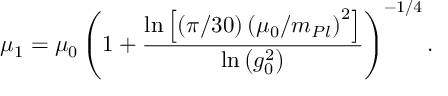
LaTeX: \mu _ { 1 } = \mu _ { 0 } \left( 1 + { \frac { \ln \left[ \left( \pi / 3 0 \right) \left( \mu _ { 0 } / m _ { P l } \right) ^ { 2 } \right] } { \ln \left( g _ { 0 } ^ { 2 } \right) } } \right) ^ { - 1 / 4 } .